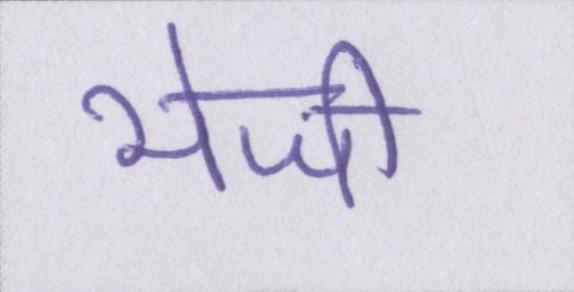
भेजी